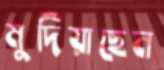
মুদিয়াছেন